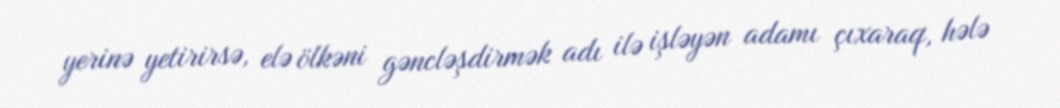
yerinə yetirirsə, elə ölkəni gəncləşdirmək adı ilə işləyən adamı çıxaraq, hələ